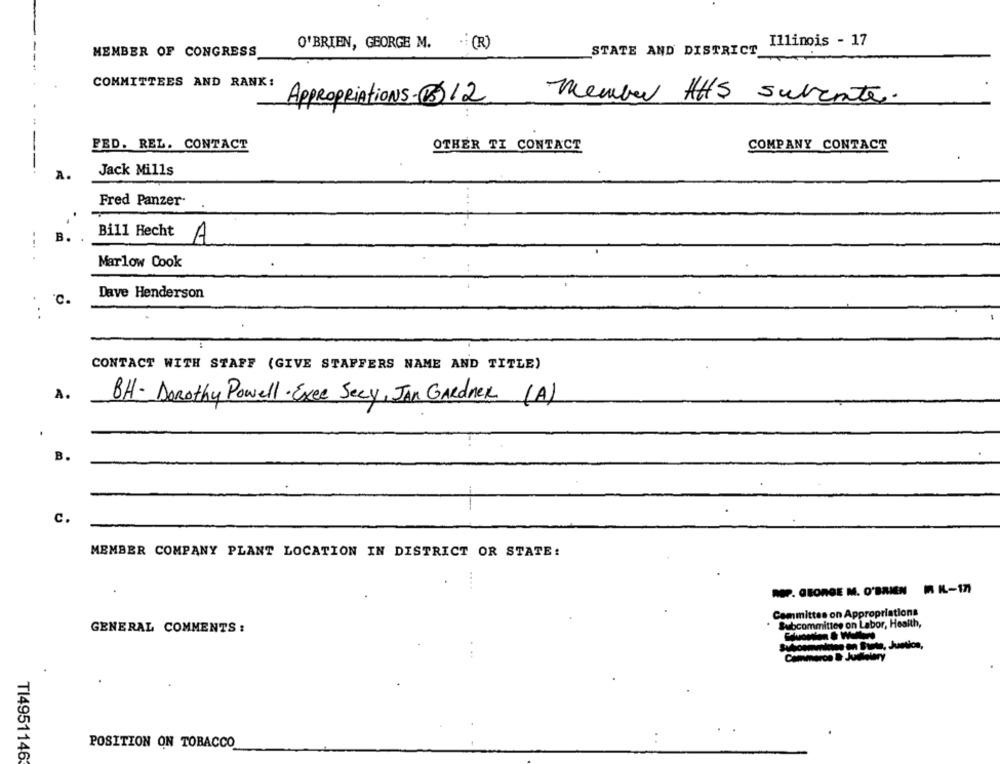
O'BRIEN, GEORGE M.
.: (R)
Illinois - 17
MEMBER OF CONGRESS
STATE AND DISTRICT
COMMITTEES AND RANK!
member HHS suvente.
APPROPRIAtions-BS12
FED. REL. CONTACT
OTHER TI CONTACT
COMPANY CONTACT
Jack Mills
...
Fred Panzer
B.
Bill Hecht A
Marlow Cook
Dave Henderson
"C.
CONTACT WITH STAFF (GIVE STAFFERS NAME AND TITLE)
A.
BH- Dorothy Powell· Exce Jeey, JAN GARdner (A)
B.
c.
MEMBER COMPANY PLANT LOCATION IN DISTRICT OR STATE:
ROP. GEORGE M. O'BRIEN R KL-17)
Committee on Appropriations
Subcommittee on Labor, Health,
GENERAL COMMENTS :
munition on Site, Juntion,
Cameron & Julholary
POSITION ON TOBACCO
T14951146